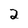
Character: 2